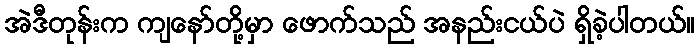
အဲဒီတုန်းက ကျနော်တို့မှာ ဖောက်သည် အနည်းငယ်ပဲ ရှိခဲ့ပါတယ်။